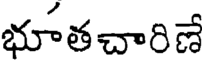
భూతచారిణే